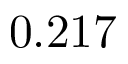
0 . 2 1 7